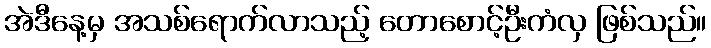
အဲဒီနေ့မှ အသစ်ရောက်လာသည့် တောစောင့်ဦးကံလှ ဖြစ်သည်။